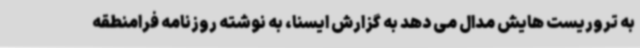
به تروریست هایش مدال می دهد به گزارش ایسنا، به نوشته روزنامه فرامنطقه